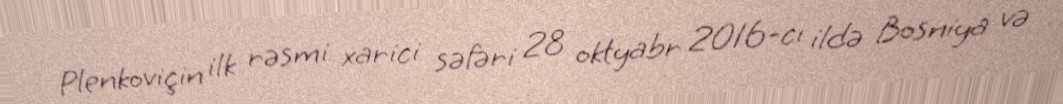
Plenkoviçin ilk rəsmi xarici səfəri 28 oktyabr 2016-cı ildə Bosniya və